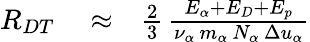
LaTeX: \begin{array}{rlr}{R_{DT}}&{{}\approx}&{\frac{2}{3}\, \frac{E_{\alpha}+E_{D}+E_{p}}{\nu_{\alpha}\, m_{\alpha}\, N_{\alpha}\, \Delta u_{\alpha}}}\end{array}